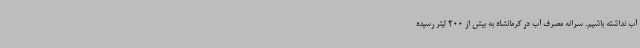
آب نداشته باشیم. سرانه مصرف آب در کرمانشاه به بیش از 200 لیتر رسیده